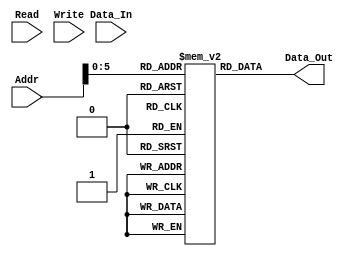
`timescale 1ns / 1ps
//////////////////////////////////////////////////////////////////////////////////
// Module Name: Instr_Mem
// Edit Date  : 12/01/2015 AJM
// ECE425L LAB #4
// Purpose: Initialize instruction memory for program
//          Only need to read instruction memory not write to it
//////////////////////////////////////////////////////////////////////////////////
// (Data I/O Address[16b], Write to memory if 1[1b], Data to write[16b], Data to read[16b])                  
module Instr_Mem(Addr,Read,Write,Data_In,Data_Out);
    input [15:0] Addr;
    input Read;
    input Write;
    input [15:0] Data_In;
    output [15:0] Data_Out;
    reg [15:0] Data_Out;
    reg [15:0] my_memory [0:63]; // Memory Width: 16bits, Memory Depth: 0 to 2^15-1?

    initial
        begin
            my_memory[0] = 16'b1000_0000_0000_0000;     // LW   $R0,0($R0)              # $R0 initally 0:   $R0 <= 8
            my_memory[1] = 16'b1000_0001_0001_0001;     // LW   $R1,1($R1)              # $R1 initally 0:   $R1 <= 2
            my_memory[2] = 16'b0010_0000_0001_0010;     // ADD  $R0,$R1,$R2             # $R2 = $R1 + $R2:  $R2 <= 10
            my_memory[3] = 16'b1000_0011_0011_0001;     // LW   $R3,1($R3)              # $R3 initially 0:  $R3 <= 2
            my_memory[4] = 16'b1110_0001_0011_0111;     // BNE  $R1,$R3,0               # $R1 = $R3 -> Dont Branch
            my_memory[5] = 16'b0000_0000_0010_0100;     // AND  $R0,$R2,$R4             #                   $R4 <= 8 
            my_memory[6] = 16'b0001_0000_0010_0101;     // OR   $R0,$R2,$R5             #                   $R5 <= 10
            // Loop 5 times
            my_memory[7] = 16'b0010_0001_0011_0011;     // ADD  $R1,$R3,$R3             # +2 until 10
            my_memory[8] = 16'b1110_0011_0010_1110;     // BNE  $R3,$R2,my_memory[7]    # $R1 = $R3 -> Dont Branch
            my_memory[9] = 16'hA616;                     // SW   $R1,6($R6)            # $R3 initially 0:  Mem[6+0] <= 2
            my_memory[10] = 16'hA737;                    // SW   $R3,7($R7)            # $R3 initially 0:  Mem[7+0] <= 10
            
            //my_memory[9] = 16'b1111_1111_1111_1100;     // JMP  1111_1111_1100 
            
        end
    
    //*** 1. Read instruction memory at Addr
    always @(Addr) 
    begin 
            Data_Out = my_memory [Addr];
    end
    
    
endmodule